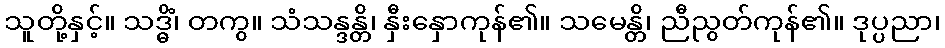
သူတို့နှင့်။ သဒ္ဓိံ၊ တကွ။ သံသန္ဒန္တိ၊ နှီးနှောကုန်၏။ သမေန္တိ၊ ညီညွတ်ကုန်၏။ ဒုပ္ပညာ၊